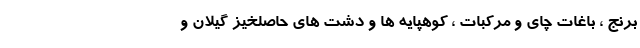
برنج ، باغات چای و مرکبات ، کوهپایه ها و دشت های حاصلخیز گیلان و